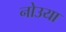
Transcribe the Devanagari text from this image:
नोउया